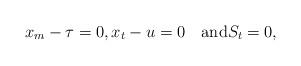
LaTeX: \begin{align*}x_m-\tau=0,x_t-u=0 \quad\hbox{and}S_t=0, \end{align*}